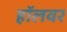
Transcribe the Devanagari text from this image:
हॉलवर